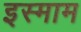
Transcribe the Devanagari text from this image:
इस्माम